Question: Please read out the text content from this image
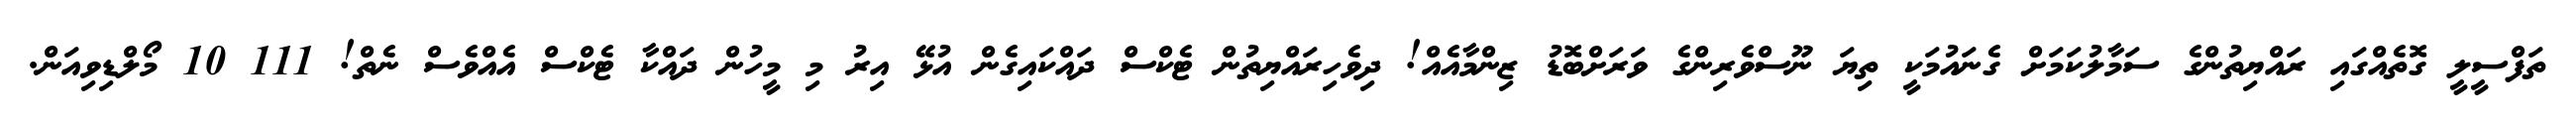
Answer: ތަފްސީލީ ގޮތެއްގައި ރައްޔިތުންގެ ސަމާލުކަމަށް ގެނައުމަކީ ތިޔަ ނޫސްވެރިންގެ ވަރަށްބޮޑު ޒިންމާއެއް! ދިވެހިރައްޔިތުން ޓެކްސް ދައްކައިގެން އުޅޭ އިރު މި މީހުން ދައްކާ ޓެކްސް އެއްވެސް ނެތް! 111 10 މޯލްޑިވިއަން.